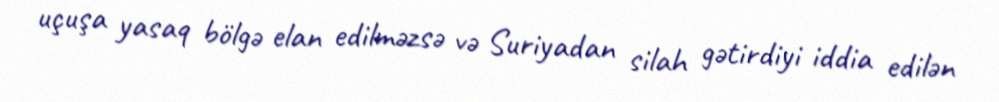
uçuşa yasaq bölgə elan edilməzsə və Suriyadan silah gətirdiyi iddia edilən